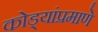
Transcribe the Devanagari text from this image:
कोड्यांप्रमाणे